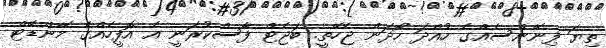
ތިޔަ ފިނޭންސެއްގެ ހުއްދަ ހޯދަން ޖެހޭތީ. ބަޖެޓް ފާސްކުރަނީ އެ އޮފީހެއްގެ މޭންޑޭޓް